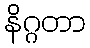
နိဂ္ဂတာ